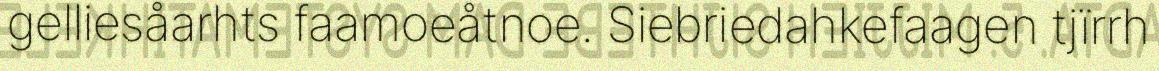
gelliesåarhts faamoeåtnoe. Siebriedahkefaagen tjïrrh